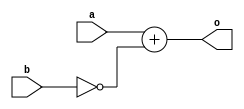
module AddNot(
  input  [7:0] a,
  input  [7:0] b,
  output [8:0] o
);
  wire [7:0] _GEN_0 = ~b;
  assign o = a + _GEN_0;
endmodule